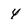
Character: 4